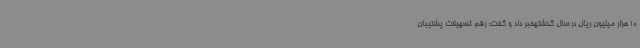
10 هزار میلیون ریال در سال گذشتهخبر داد و گفت: رقم تسهیلات پشتیبان